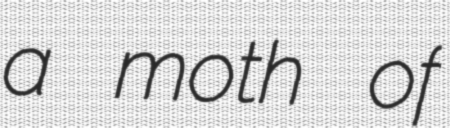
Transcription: a moth of